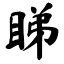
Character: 睇